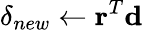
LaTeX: \delta_{new}\leftarrow\mathbf{r}^{T}\mathbf{d}